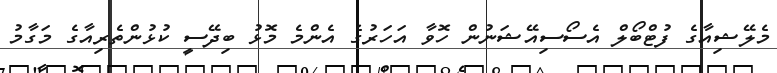
މެލޭޝިއާގެ ފުޓްބޯލް އެސޯސިއޭޝަނުން ހޮވާ އަހަރުގެ އެންމެ މޮޅު ބިދޭސީ ކުޅުންތެރިއާގެ މަގާމު